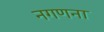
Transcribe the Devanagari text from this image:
नगणना